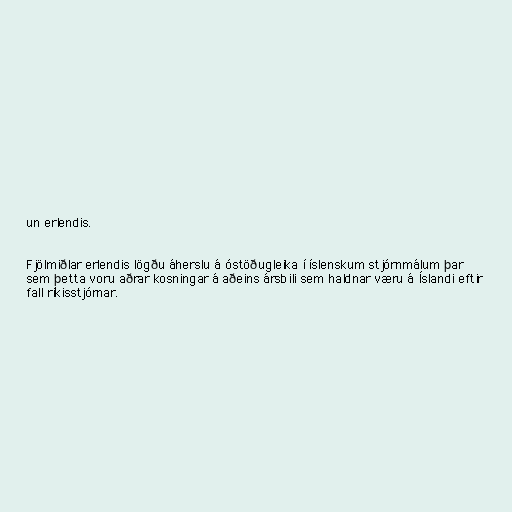
un erlendis.

Fjölmiðlar erlendis lögðu áherslu á óstöðugleika í íslenskum stjórnmálum þar
sem þetta voru aðrar kosningar á aðeins ársbili sem haldnar væru á Íslandi eftir
fall ríkisstjórnar.